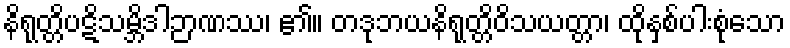
နိရုတ္တိပဋိသမ္ဘိဒါဉာဏဿ၊ ၏။ တဒုဘယနိရုတ္တိဝိသယတ္တာ၊ ထိုနှစ်ပါးစုံသော